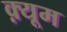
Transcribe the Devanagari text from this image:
क़्यूम